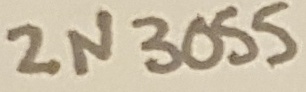
Text: 2N3055